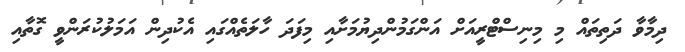
ދިމާވާ ދަތިތައް މި މިނިސްޓްރީއަށް އަންގަމުންދިޔުމަށާއި މިފަދަ ހާލަތެއްގައި އެކުދިން އަމަލުކުރަންވީ ގޮތާއި